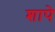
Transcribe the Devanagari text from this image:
शापे